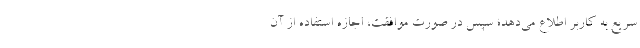
سریع به کاربر اطلاع می‌دهد؛ سپس در صورت موافقت، اجازه استفاده از آن